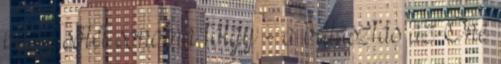
vagy sötét sonoma tölgy - a választás az Öné